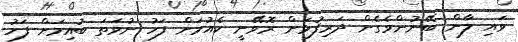
ވައި ލާން ބޭނުންވެގެން ދަރިފުޅަށް ރޮވޭނީ ކެއުމަށް ފަހު ނުވަތަ ބުއިމަށް ފަހު